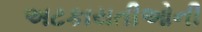
અટકાયતીઓની